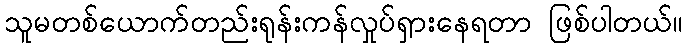
သူမတစ်ယောက်တည်းရုန်းကန်လှုပ်ရှားနေရတာ ဖြစ်ပါတယ်။